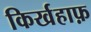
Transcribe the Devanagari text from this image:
किर्खहाफ़